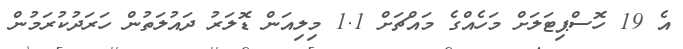
އެ 19 ހޮސްޕިޓަލަށް މަހެއްގެ މައްޗަށް 1.1 މިލިއަން ޑޮލަރު ދައުލަތުން ހަރަދުކުރަމުން